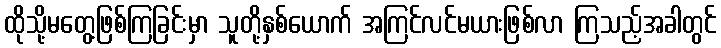
ထိုသို့မတွေ့ဖြစ်ကြခြင်းမှာ သူတို့နှစ်ယောက် အကြင်လင်မယားဖြစ်လာ ကြသည့်အခါတွင်